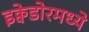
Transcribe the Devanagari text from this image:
इक्वेडोरमध्ये